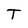
Character: T